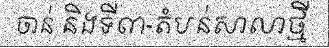
ចាន់ និងទី៣-តំបន់សាលាថ្មី